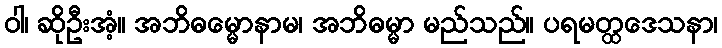
ဝါ၊ ဆိုဦးအံ့။ အဘိဓမ္မောနာမ၊ အဘိဓမ္မာ မည်သည်။ ပရမတ္ထဒေသနာ၊